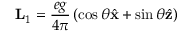
{ \bf L } _ { 1 } = { \frac { e g } { 4 \pi } } \left( \cos \theta { \hat { \bf x } } + \sin \theta { \hat { \bf z } } \right)